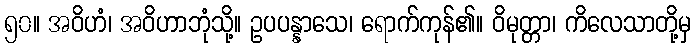
၅၀။ အဝိဟံ၊ အဝိဟာဘုံသို့။ ဥပပန္နာသေ၊ ရောက်ကုန်၏။ ဝိမုတ္တာ၊ ကိလေသာတို့မှ